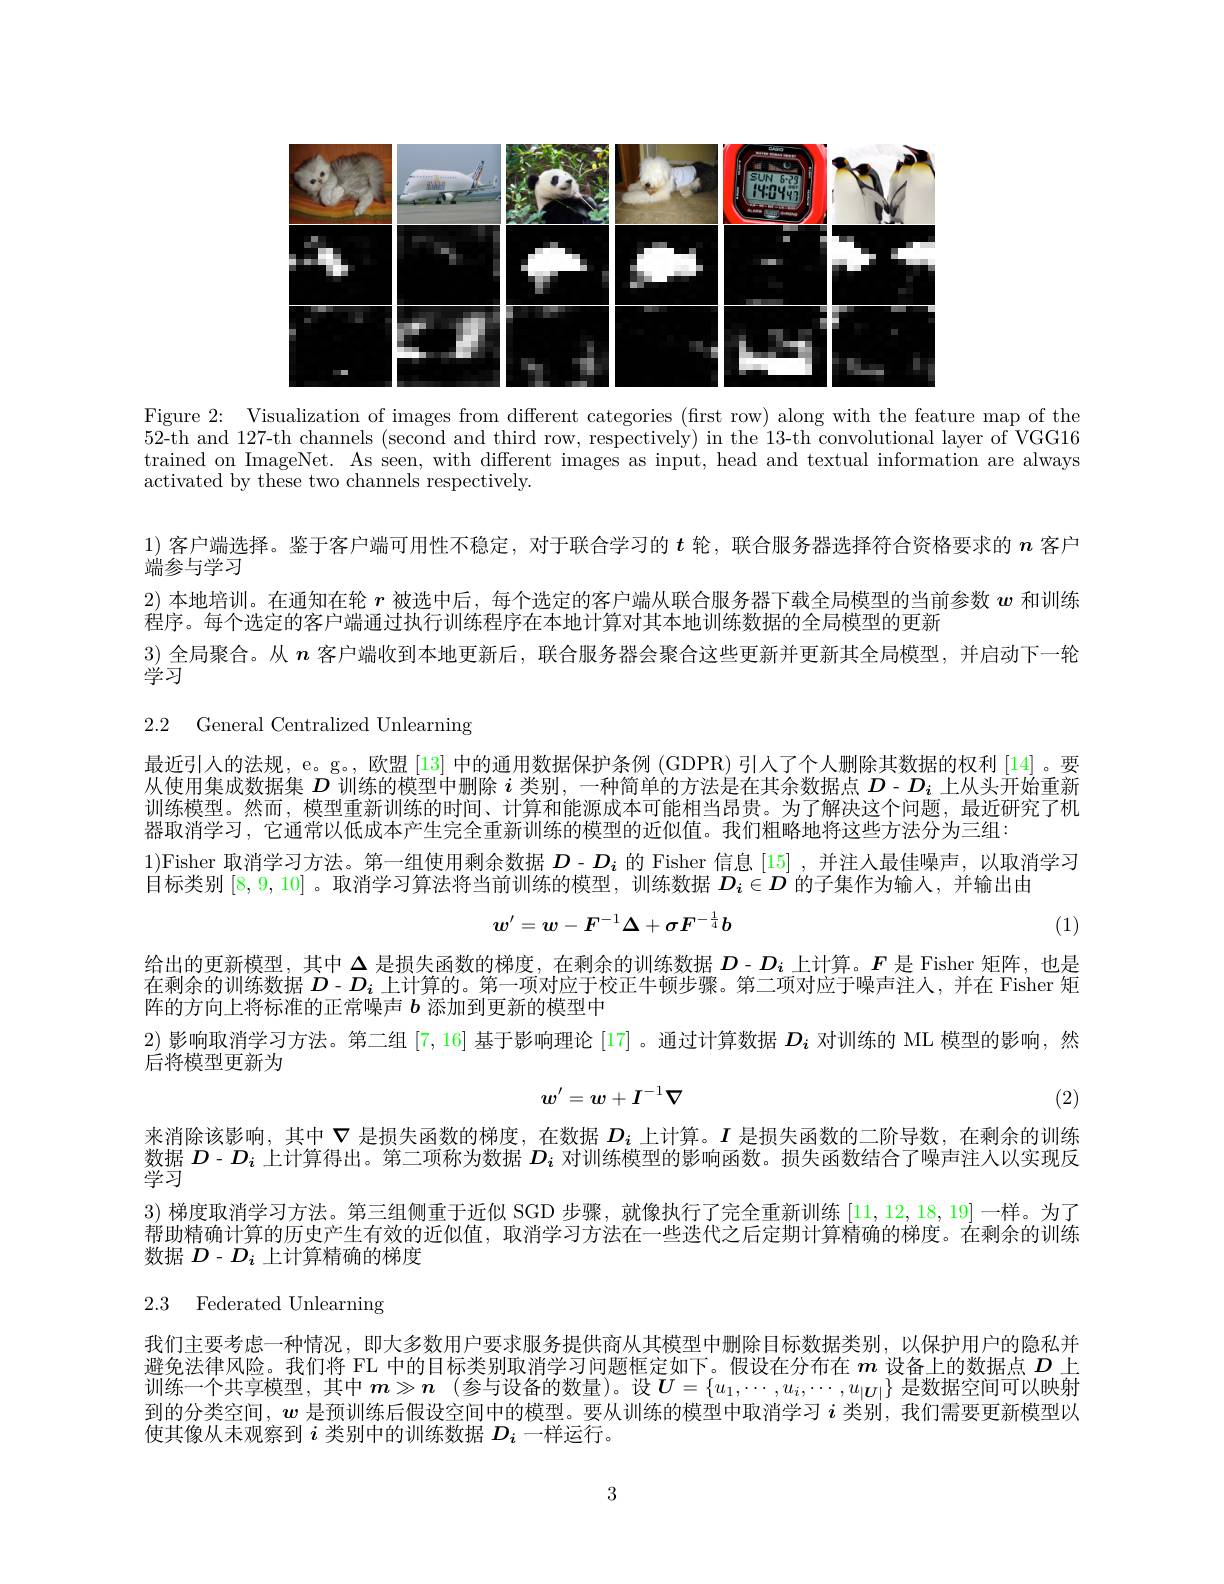
<FigureHere>

Figure 2: Visualization of images from different categories (first row) along with the feature map of the 52-th and 127-th channels (second and third row, respectively) in the 13-th convolutional layer of VGG16 trained on ImageNet. As seen, with different images as input, head and textual information are always activated by these two channels respectively.

1)客户端选择。鉴于客户端可用性不稳定，对于联合学习的$t$轮，联合服务器选择符合资格要求的$n$客户
端参与学习
2)本地培训。在通知在轮$r$被选中后，每个选定的客户端从联合服务器下载全局模型的当前参数$w$和训练
程序。每个选定的客户端通过执行训练程序在本地计算对其本地训练数据的全局模型的更新
3) 全局聚合。从$n$客户端收到本地更新后，联合服务器会聚合这些更新并更新其全局模型，并启动下一轮
学习

2.2 General Centralized Unlearning

最近引人的法规，e。g。, 欧盟 [13] 中的通用数据保护条例 (GDPR) 引人了个人删除其数据的权利 [14]。要从使用集成数据集$D$训练的模型中删除$i$类别，一种简单的方法是在其余数据点$D$ - $D_i$上从头开始重新训练模型。然而，模型重新训练的时间、计算和能源成本可能相当昂贵。为了解决这个问题，最近研究了机器取消学习，它通常以低成本产生完全重新训练的模型的近似值。我们粗略地将这些方法分为三组：
1)Fisher 取消学习方法。第一组使用剩余数据$D-D_i$的 Fisher 信息 [15] ,并注人最佳噪声，以取消学习
目标类别[8,9,10] 。取消学习算法将当前训练的模型，训练数据$D_i\in D$的子集作为输入，并输出由
$$w^{\prime}=w-F^{-1}\Delta+\sigma F^{-\frac14}b$$
(1)

给出的更新模型，其中$\Delta$是损失函数的梯度，在剩余的训练数据$D$ -$D_i$上计算。$F$是 Fisher 矩阵，也是在剩余的训练数据$D-D_i$上计算的。第一项对应于校正牛顿步骤。第二项对应于噪声注人，并在 Fisher 矩阵的方向上将标准的正常噪声$b$添加到更新的模型中
2) 影响取消学习方法。第二组[7,16] 基于影响理论 [17] 。通过计算数据$D_i$对训练的 ML 模型的影响，然
后将模型更新为
$$w^{\prime}=w+I^{-1}\nabla $$
(2)

来消除该影响，其中$\nabla$是损失函数的梯度，在数据$D_i$上计算。$I$是损失函数的二阶导数，在剩余的训练数据$D$ - $D_i$上计算得出。第二项称为数据$D_i$对训练模型的影响函数。损失函数结合了噪声注人以实现反$\overset{m}{\operatorname*{\operatorname*{\operatorname*{学习}}}}$
3)梯度取消学习方法。第三组侧重于近似 SGD 步骤，就像执行了完全重新训练[11,12,18,19]一样。为了帮助精确计算的历史产生有效的近似值，取消学习方法在一些迭代之后定期计算精确的梯度。在剩余的训练数据$D-D_i$上计算精确的梯度

# 2.3 Federated Unlearning

我们主要考虑一种情况，即大多数用户要求服务提供商从其模型中删除目标数据类别，以保护用户的隐私并避免法律风险。我们将 FL 中的目标类别取消学习问题框定如下。假设在分布在$m$设备上的数据点$D$上训练一个共享模型，其中 $\boldsymbol{m}\gg \boldsymbol{n}$ (参与设备的数量)。设$\boldsymbol{U}=\{u_1,\cdots,u_i,\cdots,u_{|\boldsymbol{U}|}\}$ 是数据空间可以映射到的分类空间，$\boldsymbol{w}$是预训练后假设空间中的模型。要从训练的模型中取消学习$i$类别，我们需要更新模型以使其像从未观察到$i$类别中的训练数据$D_i$一样运行。

3